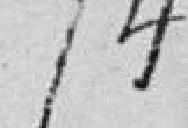
74